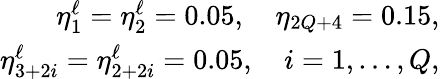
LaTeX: \begin{array}{r}{\eta_{1}^{\ell}=\eta_{2}^{\ell}=0.05,\quad\eta_{2Q+4}=0.15,}\\ {\eta_{3+2i}^{\ell}=\eta_{2+2i}^{\ell}=0.05,\quad i=1,\ldots,Q,}\end{array}